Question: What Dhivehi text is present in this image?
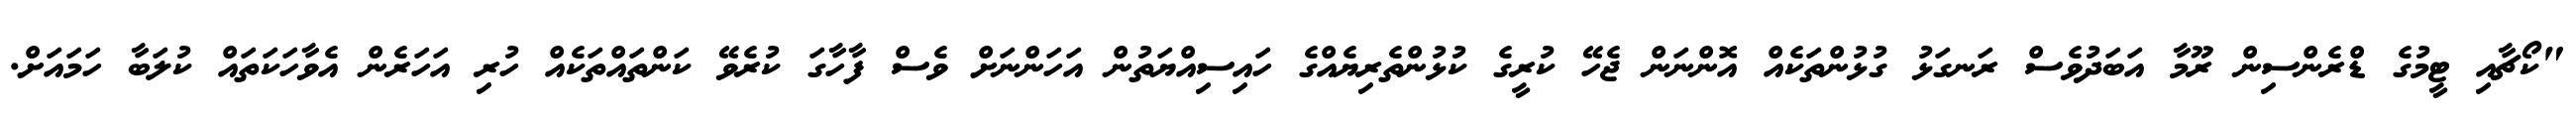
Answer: "ކޯޗާއި ޓީމުގެ ޑްރެންސިން ރޫމާ އަބަދުވެސް ރަނގަޅު ގުޅުންތަކެއް އޮންނަން ޖެހޭ ކުރީގެ ކުޅުންތެރިޔެއްގެ ހައިސިއްޔަތުން އަހަންނަށް ވެސް ފާހާގަ ކުރެވޭ ކަންތައްތަކެއް ހުރި އަހަރެން އެވާހަކަތައް ކުލަބާ ހަމައަށް.